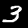
Digit: 3